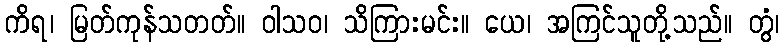
ကိရ၊ မြတ်ကုန်သတတ်။ ဝါသဝ၊ သိကြားမင်း။ ယေ၊ အကြင်သူတို့သည်။ တွံ၊